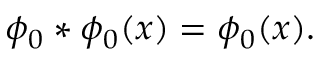
\phi _ { 0 } * \phi _ { 0 } ( x ) = \phi _ { 0 } ( x ) .